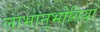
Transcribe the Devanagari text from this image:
लाभानुभोगियों